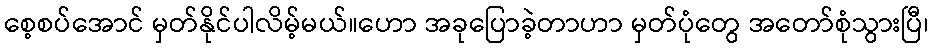
စေ့စပ်အောင် မှတ်နိုင်ပါလိမ့်မယ်။ဟော အခုပြောခဲ့တာဟာ မှတ်ပုံတွေ အတော်စုံသွားပြီ၊